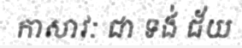
កាសាវៈ ជា ទង់ ជ័យ